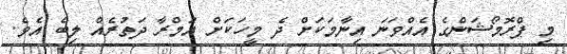
މި ޕްރޮމޯޝަންގެ އެއްވަނަ އިނާމަކަށް ދެ މީހަކަށް އުމްރާ ދަތުރެއް ލިބެ އެވެ.